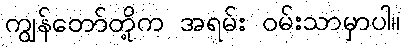
ကျွန်တော်တို့က အရမ်း ဝမ်းသာမှာပါ။